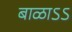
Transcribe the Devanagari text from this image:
बाळाऽऽ